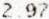
2.97